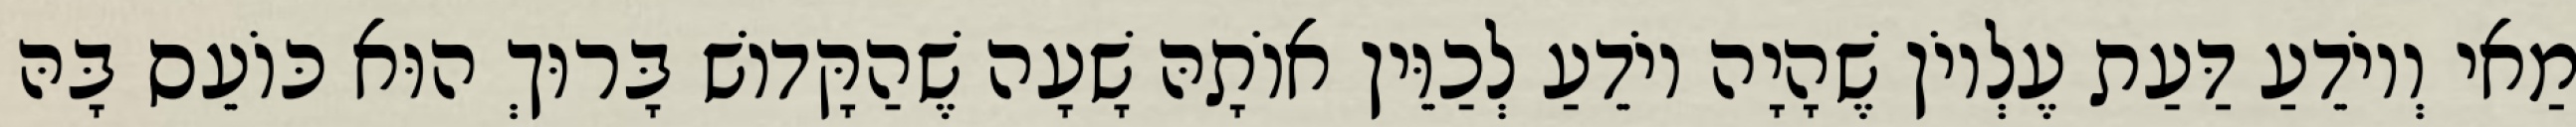
מַאי וְיוֹדֵעַ דַּעַת עֶלְיוֹן שֶׁהָיָה יוֹדֵעַ לְכַוֵּין אוֹתָהּ שָׁעָה שֶׁהַקָּדוֹשׁ בָּרוּךְ הוּא כּוֹעֵס בָּהּ